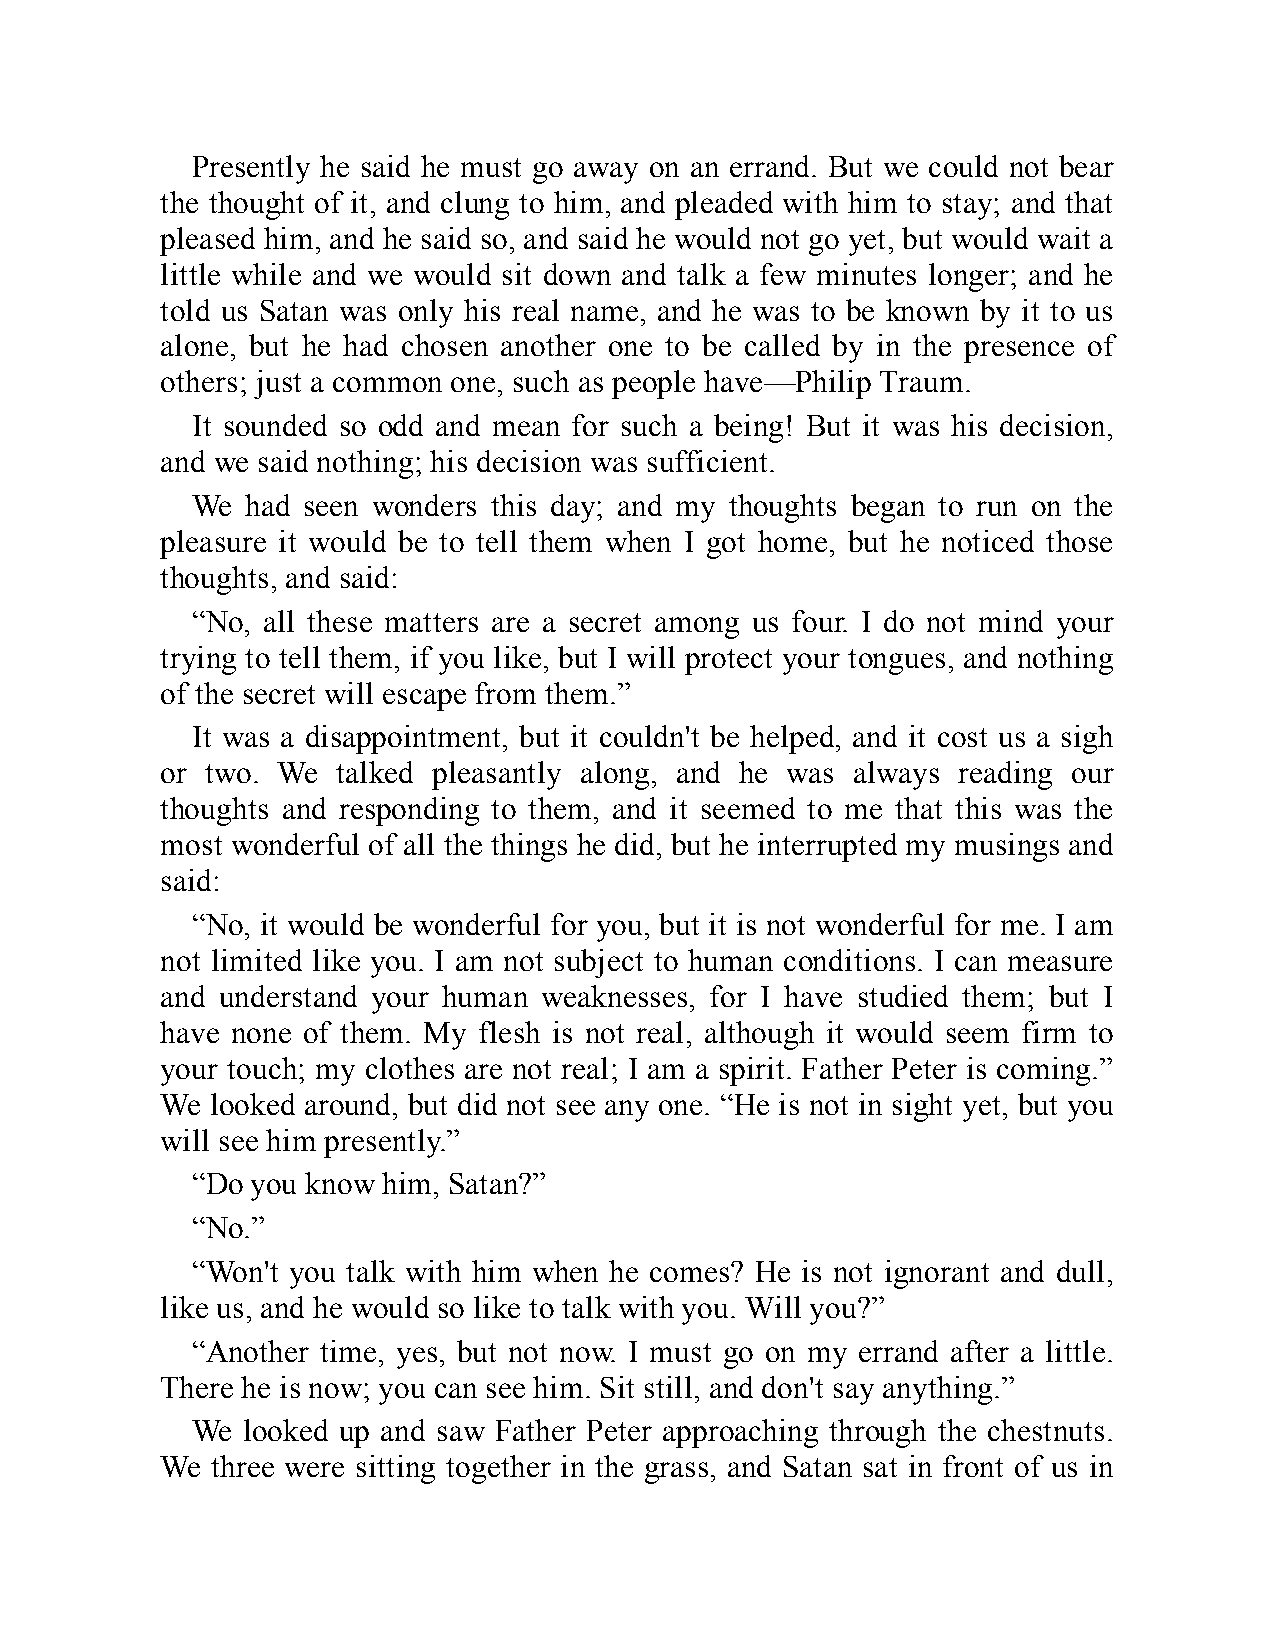
Presently he said he must go away on an errand. But we could not bear
 the thought of it, and clung to him, and pleaded with him to stay; and that
 pleased him, and he said so, and said he would not go yet, but would wait a
 little while and we would sit down and talk a few minutes longer; and he
 told us Satan was only his real name, and he was to be known by it to us
 alone, but he had chosen another one to be called by in the presence of
 others; just a common one, such as people have—Philip Traum.
 It sounded so odd and mean for such a being! But it was his decision,
 and we said nothing; his decision was sufficient.
 We had seen wonders this day; and my thoughts began to run on the
 pleasure it would be to tell them when I got home, but he noticed those
 thoughts, and said:
 “No, all these matters are a secret among us four. I do not mind your
 trying to tell them, if you like, but I will protect your tongues, and nothing
 of the secret will escape from them.”
 It was a disappointment, but it couldn't be helped, and it cost us a sigh
 or two. We talked pleasantly along, and he was always reading our
 thoughts and responding to them, and it seemed to me that this was the
 most wonderful of all the things he did, but he interrupted my musings and
 said:
 “No, it would be wonderful for you, but it is not wonderful for me. I am
 not limited like you. I am not subject to human conditions. I can measure
 and understand your human weaknesses, for I have studied them; but I
 have none of them. My flesh is not real, although it would seem firm to
 your touch; my clothes are not real; I am a spirit. Father Peter is coming.”
 We looked around, but did not see any one. “He is not in sight yet, but you
 will see him presently.”
 “Do you know him, Satan?”
 “No.”
 “Won't you talk with him when he comes? He is not ignorant and dull,
 like us, and he would so like to talk with you. Will you?”
 “Another time, yes, but not now. I must go on my errand after a little.
 There he is now; you can see him. Sit still, and don't say anything.”
 We looked up and saw Father Peter approaching through the chestnuts.
 We three were sitting together in the grass, and Satan sat in front of us in